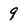
Character: 9